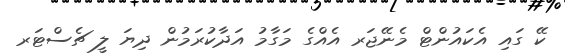
ކޭ ގައި އެކައުންޓް މެނޭޖަރ އެއްގެ މަގާމު އަދާކުރަމުން ދިޔަ ލީ ޗެސްޓަރ